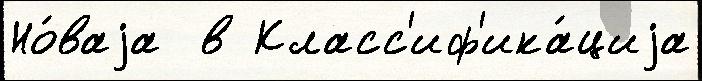
Но́ваjа  в Класс'иф'ика́циjа